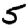
Digit: 5